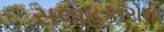
સલાહકારોના